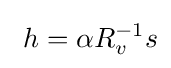
\ h=\alpha R_{v}^{-1}s